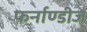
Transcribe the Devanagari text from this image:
फर्नाण्डीज